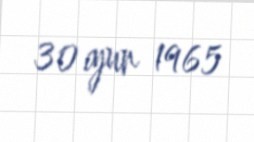
30 iyun 1965